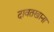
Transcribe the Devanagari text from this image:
दावतखाना